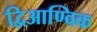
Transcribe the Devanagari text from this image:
द्विआण्विक